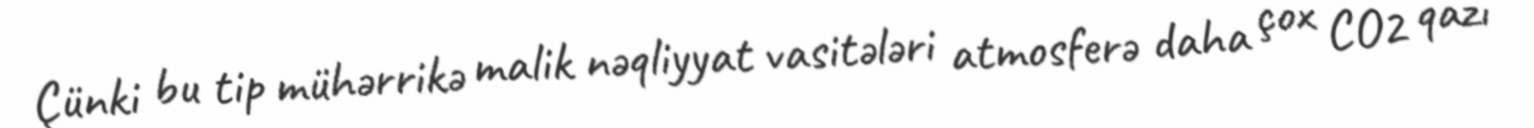
Çünki bu tip mühərrikə malik nəqliyyat vasitələri atmosferə daha çox CO2 qazı